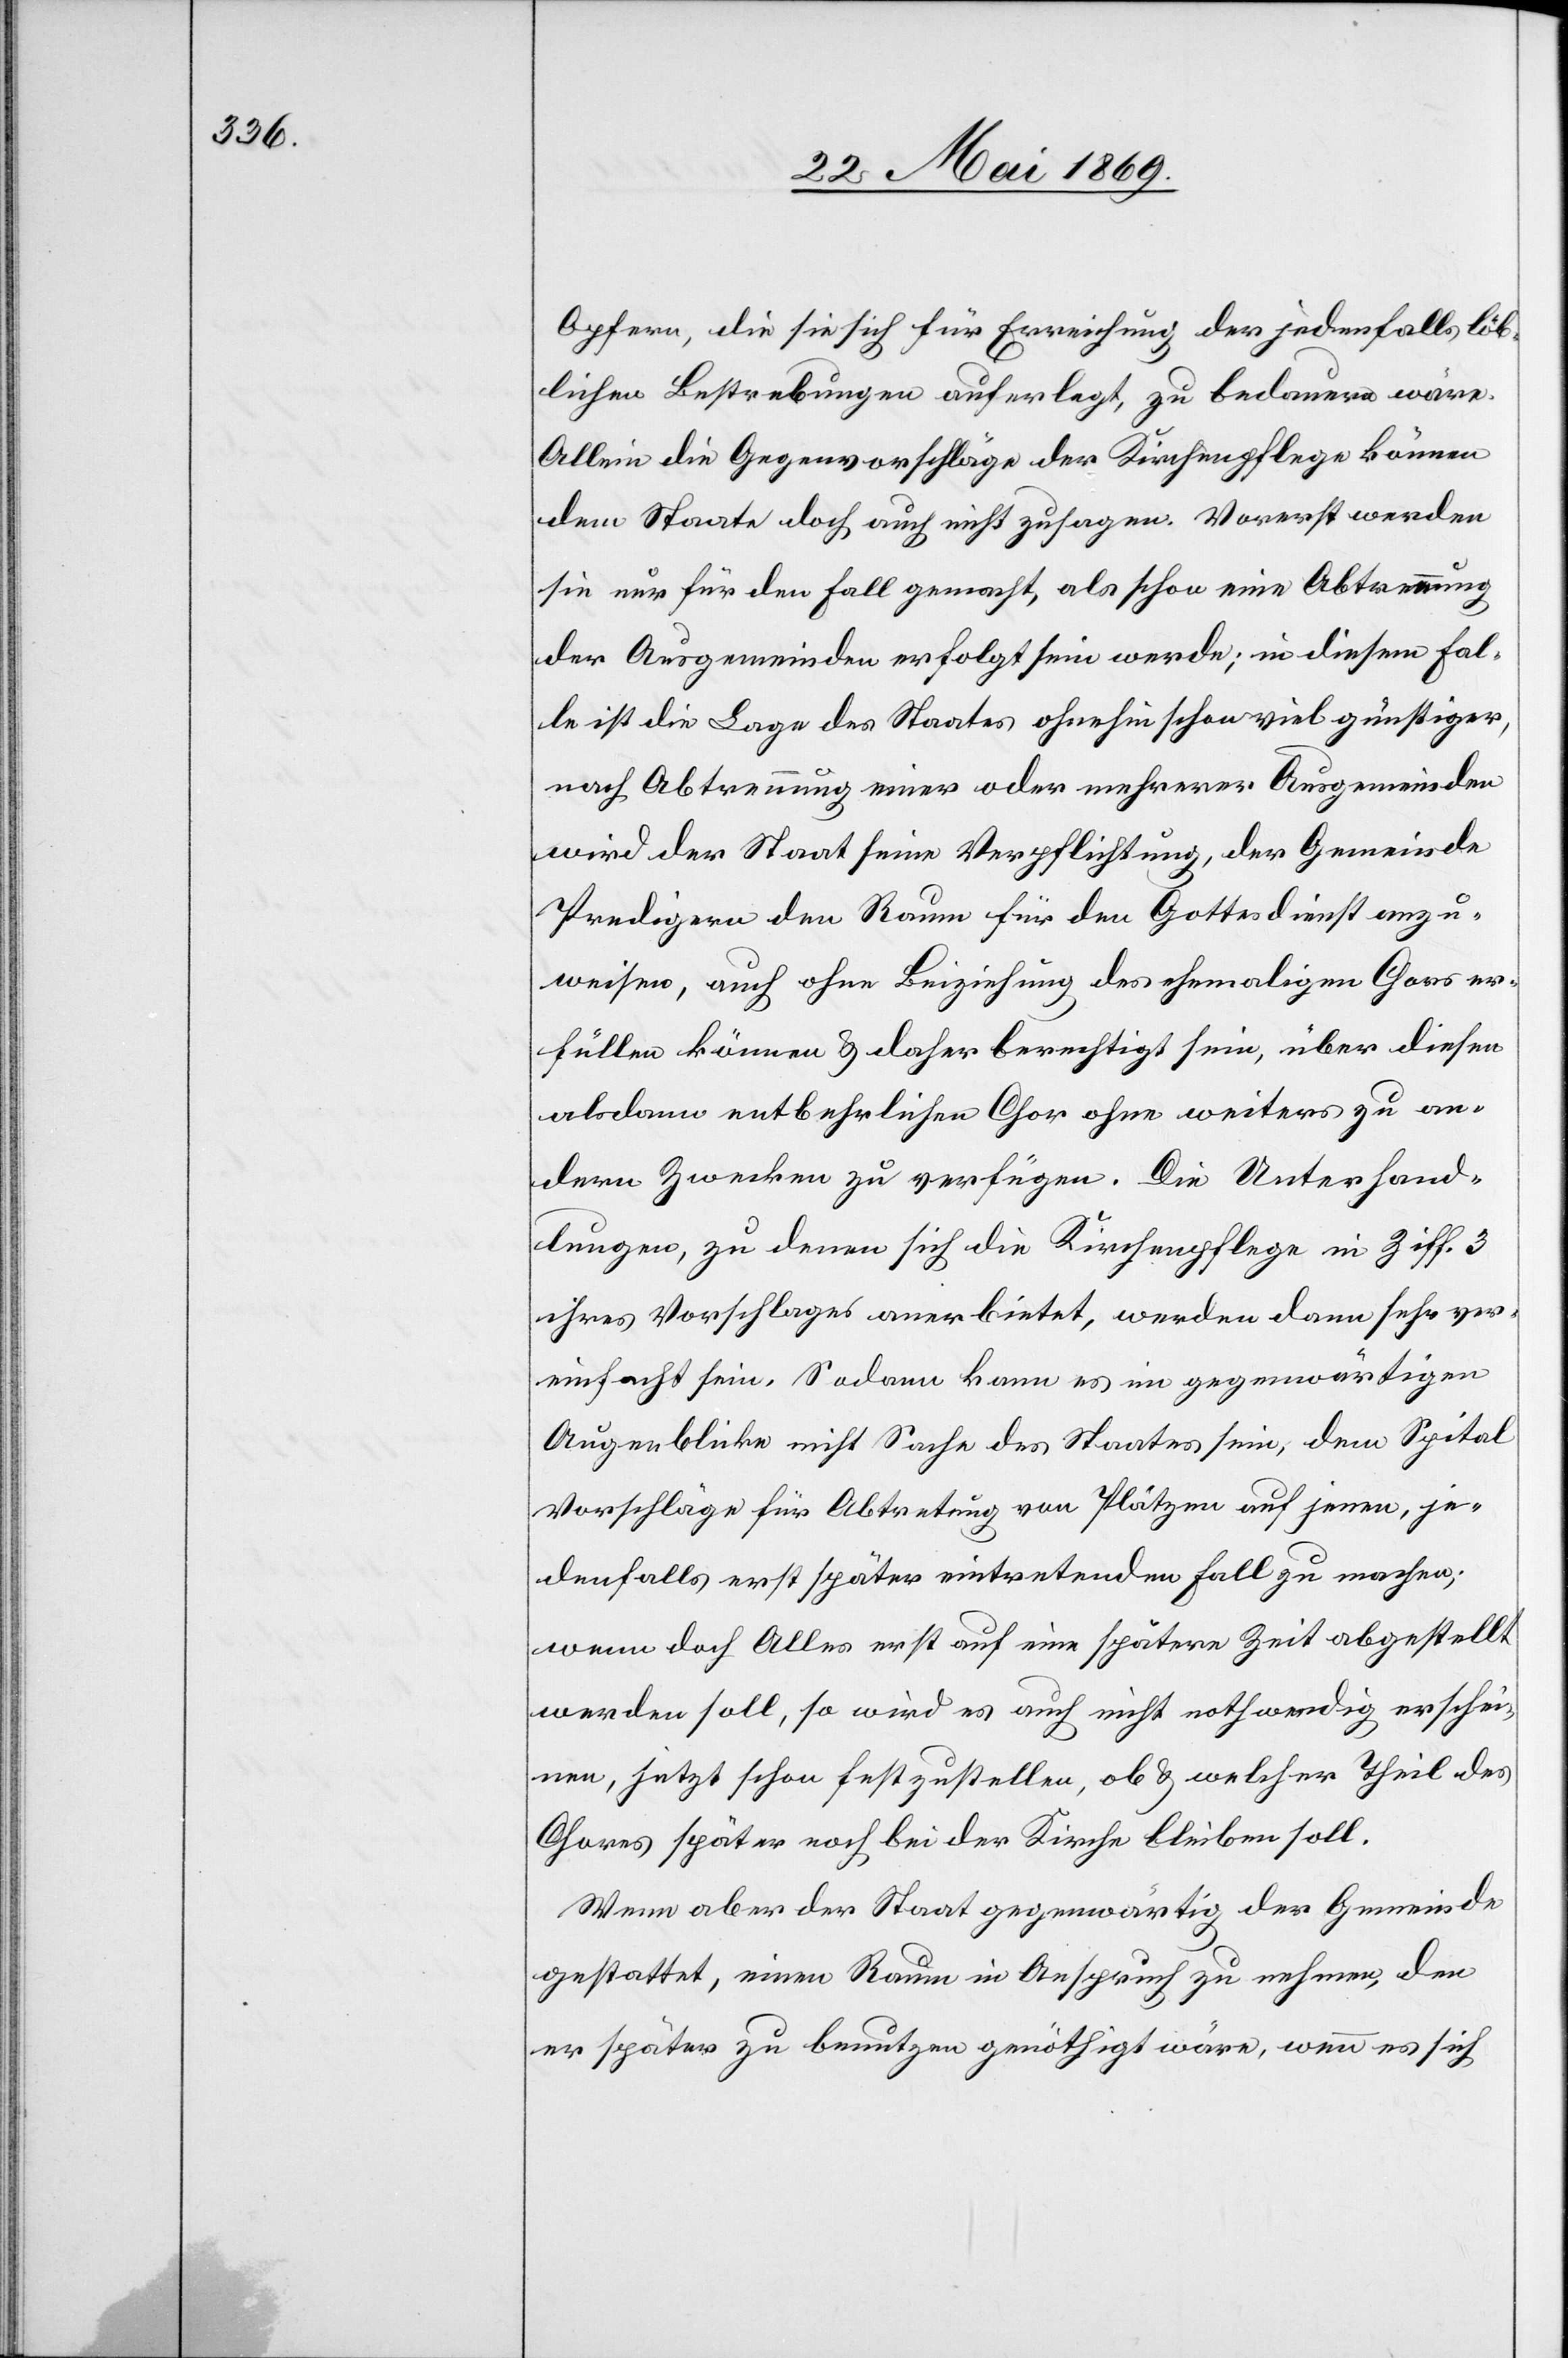
Opfern, die sie sich für Erreichung der jedenfalls löb¬
licher Bestrebungen auferlegt, zu bedauern wäre.
Allein die Gegenvorschläge der Kirchenpflege können
dem Staate doch auch nicht zusagen. Vorerst werden
sie nur für den Fall gemacht, als schon eine Abtrennung
der Ausgemeinden erfolgt sein werde; in diesem Fal¬
le ist die Lage des Staates ohnehin schon viel günstiger,
nach Abtrennung einer oder mehrerer Ausgemeinden
wird der Staat seine Verpflichtung, der Gemeinde
Predigern den Raum für den Gottesdienst anzu¬
weisen, auch ohne Beiziehung des ehemaligen Chors er¬
füllen können u. daher berechtigt sein, über diesen
alsdann entbehrlichen Chor ohne weiteres zu an¬
dern Zwecken zu verfügen. Die Unterhand¬
lungen, zu denen sich die Kirchenpflege in Ziff. 3
ihres Vorschlages anerbietet, werden dann sehr ver¬
einfacht sein. Sodann kann es im gegenwärtigen
Augenblicke nicht Sache des Staates sein, dem Spital
Vorschläge für Abtretung von Plätzen auf jenen, je¬
denfalls erst später eintretenden Fall zu machen;
wenn doch Alles erst auf eine spätere Zeit abgestellt
werden soll, so wird es auch nicht nothwendig erschei¬
nen, jetzt schon festzustellen, ob u. welcher Theil des
Chores später noch bei der Kirche bleiben soll.
Wenn aber der Staat gegenwärtig der Gemeinde
gestattet, einen Raum in Anspruch zu nehmen, den
er später zu benutzen genöthigt wäre, wenn es sich